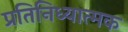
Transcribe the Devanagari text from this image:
प्रतिनिध्यात्मक